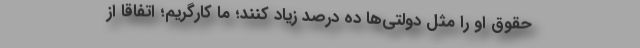
حقوق او را مثل دولتی‌ها ده درصد زیاد کنند؛ ما کارگریم؛ اتفاقاً از